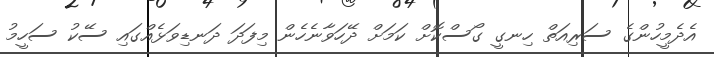
އެދެމީހުންގެ ސަރިއަތް ހިނގީ ގޯސްކޮށް ކަމަށް ދޭހަވާނެހެން މިފަދަ ދަނޑިވަޅެއްގައި ސޭކު ސަހީމު